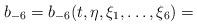
LaTeX: \begin{align*} b_{-6}=b_{-6}(t, \eta, \xi_1, \dots, \xi_6) = \end{align*}